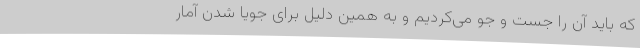
که باید آن را جست و جو می‌کردیم و به همین دلیل برای جویا شدن آمار